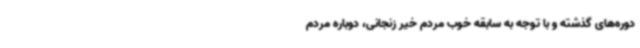
دوره‌های گذشته و با توجه به سابقه خوب مردم خیر زنجانی، دوباره مردم